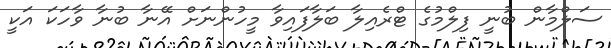
ސަލްމާން ބުނީ ފިލްމުގެ ޓްރެއިލާ ބަލާފައިވާ މީހުންނަށް އޭނާ ބުނާ ވާހަކަ އަކީ